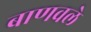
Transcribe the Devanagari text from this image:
बाणवले